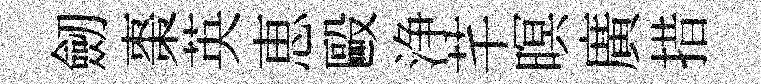
劒棗英恵毆浄芊暝廣措